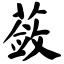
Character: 蔹